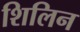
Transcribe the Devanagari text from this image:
शिलिन